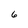
Character: 6